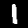
Digit: 1